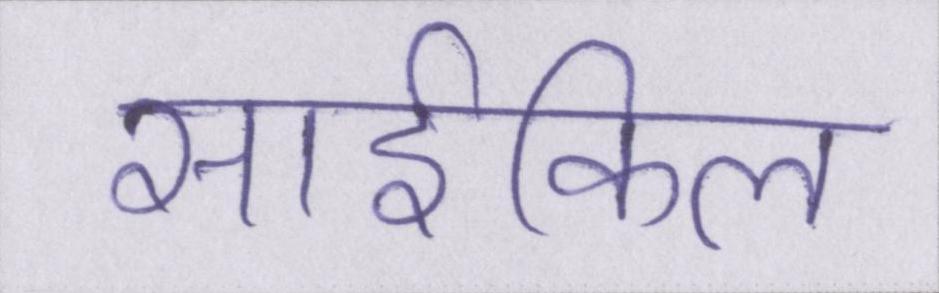
साईकिल